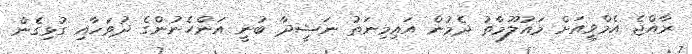
ރާއްޖެ އެމްވީއަށް މައުލޫމާތު ދެމުން އައިމިނަތު ނަޝީދާ ބުނީ އަންހެނުންގެ ދުވަހާއި ގުޅިގެން